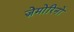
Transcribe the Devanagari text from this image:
ज़ेमोरिनों